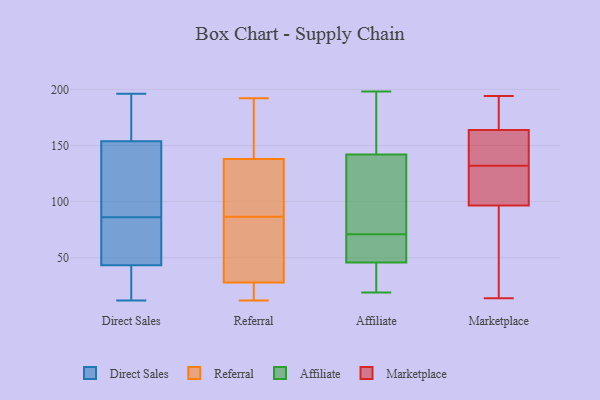
{"axis": {"x": "Page Views", "y": "Value"}, "legend": ["Affiliate", "Direct Sales", "Marketplace", "Referral"], "data": [{"x": "", "y": 63, "type": "Direct Sales"}, {"x": "", "y": 147, "type": "Direct Sales"}, {"x": "", "y": 40, "type": "Direct Sales"}, {"x": "", "y": 142, "type": "Direct Sales"}, {"x": "", "y": 86, "type": "Direct Sales"}, {"x": "", "y": 42, "type": "Direct Sales"}, {"x": "", "y": 17, "type": "Direct Sales"}, {"x": "", "y": 156, "type": "Direct Sales"}, {"x": "", "y": 12, "type": "Direct Sales"}, {"x": "", "y": 86, "type": "Direct Sales"}, {"x": "", "y": 161, "type": "Direct Sales"}, {"x": "", "y": 189, "type": "Direct Sales"}, {"x": "", "y": 196, "type": "Direct Sales"}, {"x": "", "y": 134, "type": "Direct Sales"}, {"x": "", "y": 47, "type": "Direct Sales"}, {"x": "", "y": 53, "type": "Referral"}, {"x": "", "y": 18, "type": "Referral"}, {"x": "", "y": 12, "type": "Referral"}, {"x": "", "y": 145, "type": "Referral"}, {"x": "", "y": 103, "type": "Referral"}, {"x": "", "y": 70, "type": "Referral"}, {"x": "", "y": 117, "type": "Referral"}, {"x": "", "y": 192, "type": "Referral"}, {"x": "", "y": 138, "type": "Referral"}, {"x": "", "y": 28, "type": "Referral"}, {"x": "", "y": 193, "type": "Affiliate"}, {"x": "", "y": 83, "type": "Affiliate"}, {"x": "", "y": 20, "type": "Affiliate"}, {"x": "", "y": 71, "type": "Affiliate"}, {"x": "", "y": 45, "type": "Affiliate"}, {"x": "", "y": 55, "type": "Affiliate"}, {"x": "", "y": 90, "type": "Affiliate"}, {"x": "", "y": 69, "type": "Affiliate"}, {"x": "", "y": 198, "type": "Affiliate"}, {"x": "", "y": 151, "type": "Affiliate"}, {"x": "", "y": 139, "type": "Affiliate"}, {"x": "", "y": 46, "type": "Affiliate"}, {"x": "", "y": 19, "type": "Affiliate"}, {"x": "", "y": 190, "type": "Marketplace"}, {"x": "", "y": 96, "type": "Marketplace"}, {"x": "", "y": 166, "type": "Marketplace"}, {"x": "", "y": 184, "type": "Marketplace"}, {"x": "", "y": 194, "type": "Marketplace"}, {"x": "", "y": 171, "type": "Marketplace"}, {"x": "", "y": 98, "type": "Marketplace"}, {"x": "", "y": 136, "type": "Marketplace"}, {"x": "", "y": 102, "type": "Marketplace"}, {"x": "", "y": 157, "type": "Marketplace"}, {"x": "", "y": 32, "type": "Marketplace"}, {"x": "", "y": 141, "type": "Marketplace"}, {"x": "", "y": 115, "type": "Marketplace"}, {"x": "", "y": 121, "type": "Marketplace"}, {"x": "", "y": 86, "type": "Marketplace"}, {"x": "", "y": 132, "type": "Marketplace"}, {"x": "", "y": 14, "type": "Marketplace"}, {"x": "", "y": 149, "type": "Marketplace"}, {"x": "", "y": 75, "type": "Marketplace"}]}